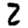
Digit: 2